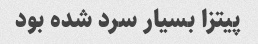
پیتزا بسیار سرد شده بود